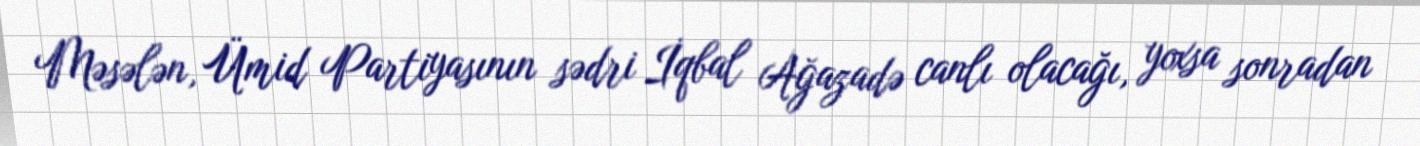
Məsələn, Ümid Partiyasının sədri İqbal Ağazadə canlı olacağı, yoxsa sonradan